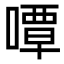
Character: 嘾